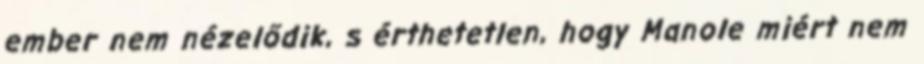
ember nem nézelődik, s érthetetlen, hogy Manole miért nem